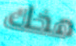
مخك